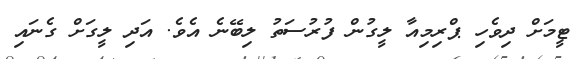
ޓީމަށް ދިވެހި ޕްރިމިއާ ލީގުން ފުރުސަތު ލިބޭނެ އެވެ. އަދި ލީގަށް ގެނައި